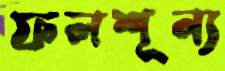
ফলশূন্য